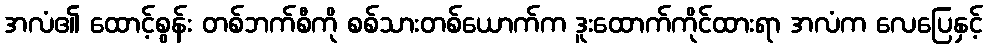
အလံ၏ ထောင့်စွန်း တစ်ဘက်စီကို စစ်သားတစ်ယောက်က ဒူးထောက်ကိုင်ထားရာ အလံက လေပြေနှင့်